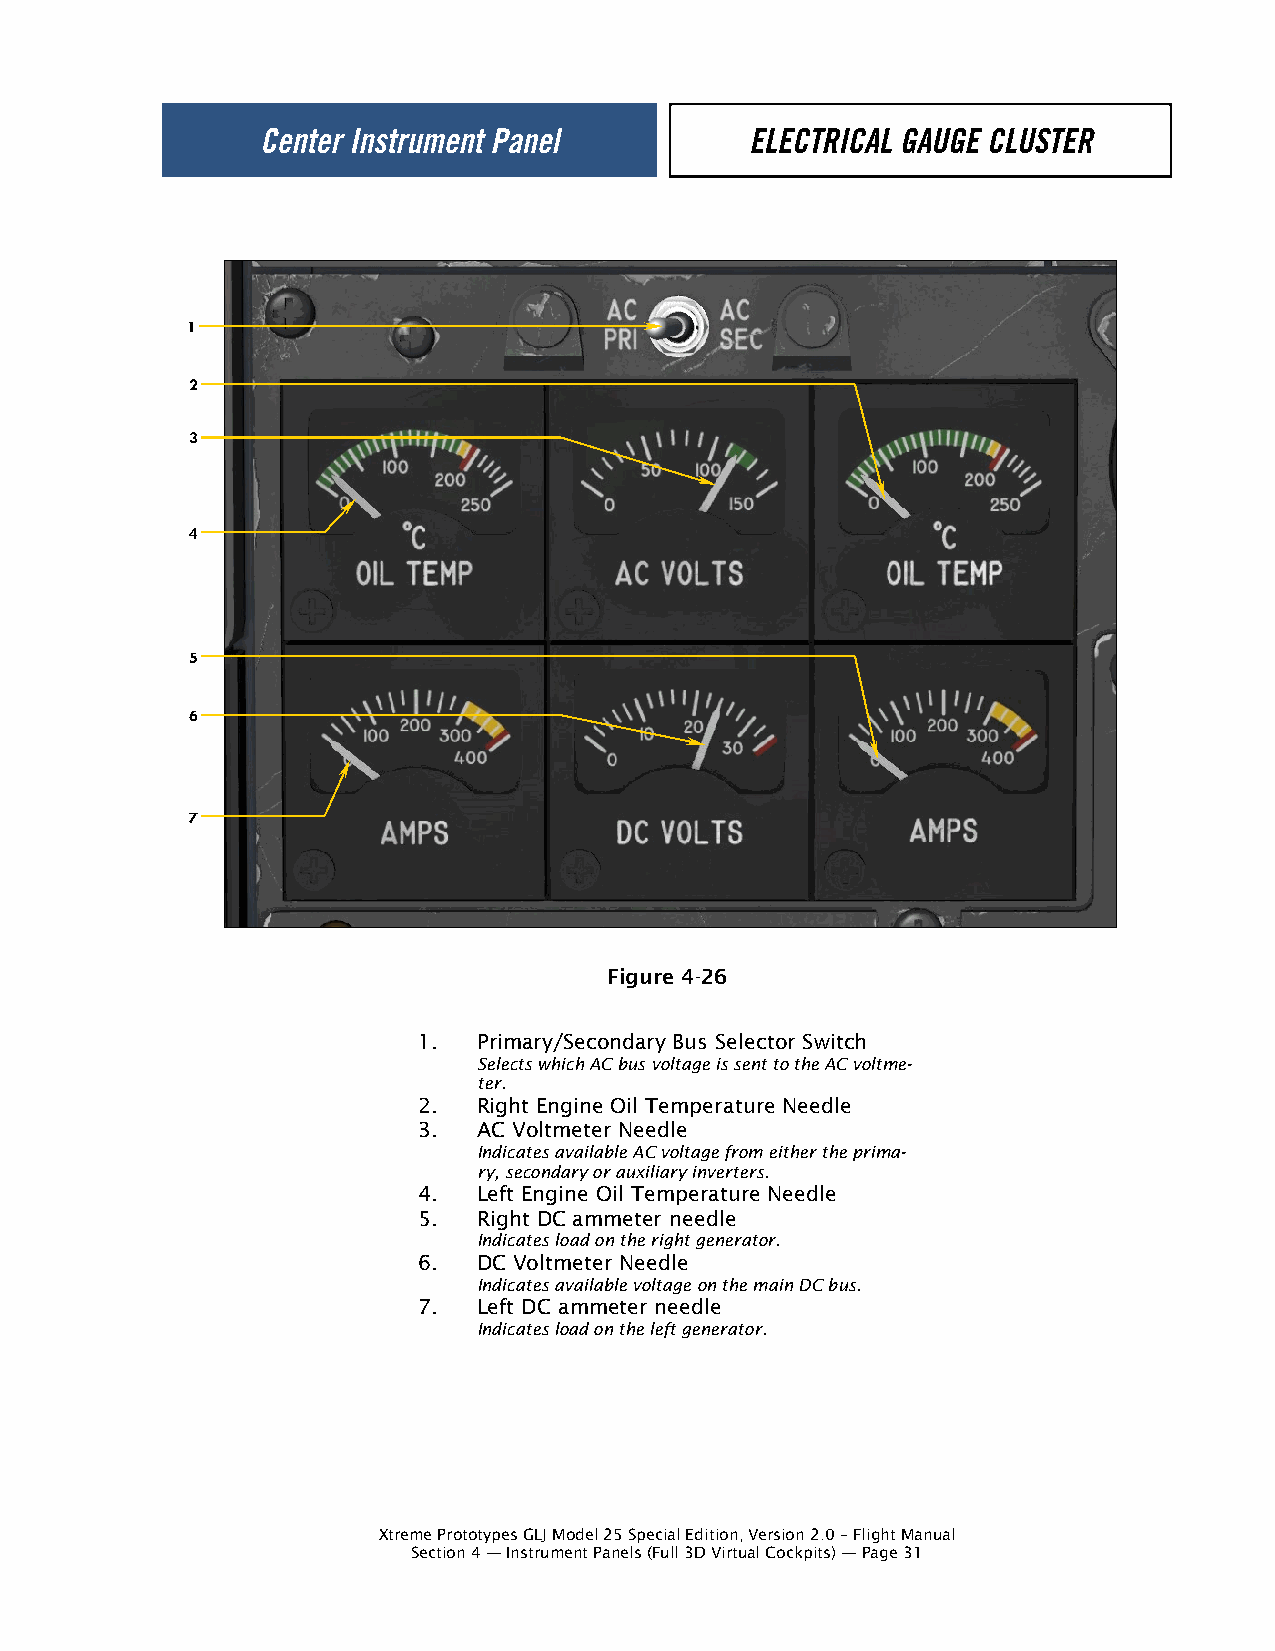
1
 2
 3
 4
 5
 6
 7
 Figure 4-26
 1.  Primary/Secondary Bus Selector Switch
 Selects which AC bus voltage is sent to the AC voltme-
 ter.
 2.  Right Engine Oil Temperature Needle
 3.  AC Voltmeter Needle
 Indicates available AC voltage from either the prima-
 ry, secondary or auxiliary inverters.
 4.  Left Engine Oil Temperature Needle
 5.  Right DC ammeter needle
 Indicates load on the right generator.
 6.  DC Voltmeter Needle
 Indicates available voltage on the main DC bus.
 7.  Left DC ammeter needle
 Indicates load on the left generator.
 Xtreme Prototypes GLJ Model 25 Special Edition, Version 2.0 – Flight Manual
 Section 4 — Instrument Panels (Full 3D Virtual Cockpits) — Page 31